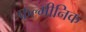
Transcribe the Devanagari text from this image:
फल्मीनिक